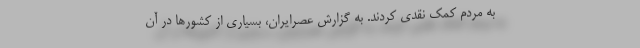
به مردم کمک نقدی کردند. به گزارش عصرایران، بسیاری از کشورها در آن